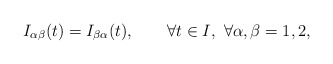
\begin{align*}I_{\alpha\beta}(t)=I_{\beta\alpha}(t),\qquad\forall t\in I,\ \forall\alpha,\beta=1,2,\end{align*}